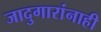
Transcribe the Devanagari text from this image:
जादुगारांनाही